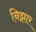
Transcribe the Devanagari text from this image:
निझार